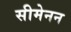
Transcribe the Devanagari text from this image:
सीमेनन